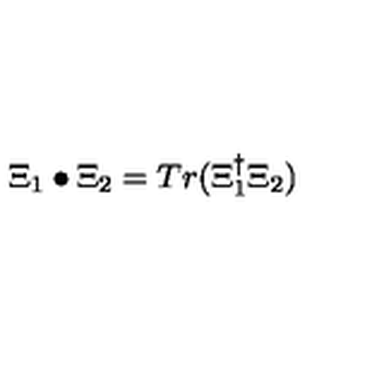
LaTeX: \Xi _ { 1 } \bullet \Xi _ { 2 } = T r ( \Xi _ { 1 } ^ { \dagger } \Xi _ { 2 } )